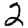
Digit: 2